Lunatic asylums Madras 1892-1911 - 1892-1911
Year: 1892
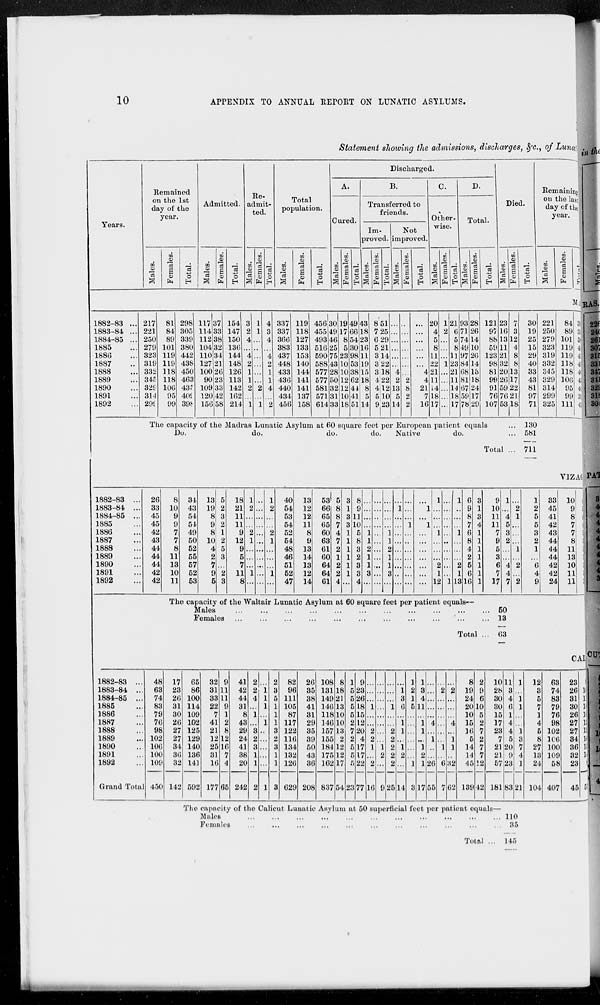
10
APPENDIX TO ANNUAL REPORT ON LUNATIC ASYLUMS.
Statement showing the admissions, discharges, &c., of Luna
Years.
1882-83 ...
1883-84 ...
1884-85 ...
1885 ...
1886 ...
1887 ...
1888 ...
1889 ...
1890 ...
1891 ...
1892 ...
Remained
on the 1st
day of the
year.
Males.
217
221
250
279
323
319
332
345
329
314
299
Females.
81
84
89
101
119
119
118
118
106
95
99
Total.
298
305
339
380
442
438
450
463
435
409
398
Admitted.
Males.
117
114
112
104
110
127
100
90
109
120
156
Females.
37
33
38
32
34
21
26
23
33
42
58
Total.
154
147
150
136
144
148
126
113
142
162
214
Re-
admit-
ted.
Males.
3
2
4
...
4
2
1
1
2
...
1
Females.
1
1
...
...
...
...
...
...
2
...
1
Total.
4
3
4
...
4
2
1
1
4
...
2
Total
population.
Males.
337
337
366
383
437
448
433
436
440
434
456
Females.
119
118
127
133
153
140
144
141
141
137
158
Total.
456
455
493
516
590
588
577
577
581
571
614
Discharged.
A.
Cured.
Males.
30
49
46
25
75
43
28
50
32
31
33
Females.
19
17
8
5
23
10
10
12
12
10
18
Total.
49
66
54
30
98
53
38
62
44
41
51
B.
Transferred to
friends.
Im-
proved.
Males.
43
18
23
16
11
19
15
18
8
5
14
Females.
8
7
6
5
3
3
3
4
4
5
9
Total.
51
25
29
21
14
22
18
22
12
10
23
Not
improved.
Males.
...
...
...
...
...
...
4
2
13
5
14
Females.
...
...
...
...
...
...
...
2
8
2
2
Total.
...
...
...
...
...
...
4
4
21
7
16
C.
Other-
wise.
Males.
20
4
5
8
11
22
21
11
14
18
17
Females.
1
2
...
...
...
1
...
...
...
...
...
Total.
21
6
5
8
11
23
21
11
14
18
17
D.
Total.
Males.
93
71
74
49
97
84
68
81
67
59
78
Females.
28
26
14
10
26
14
13
18
24
17
29
Total.
121
97
88
59
123
98
81
99
91
76
107
Died.
Males.
23
16
13
11
21
32
20
26
59
76
53
Females.
7
3
12
4
8
8
13
17
22
21
18
The capacity of the Madras Lunatic Asylum at 60 square feet per European patient equals
...
Do.
do.
do.
do.
Native
do.
...
Total ...
Total.
30
19
25
15
29
40
33
43
81
97
71
Remaining
on the last
day of the
year.
Males.
221
250
279
323
319
332
345
329
314
299
325
Females.
84
89
101
119
119
118
118
106
95
99
111
Total.
305
339
380
442
438
450
463
435
409
398
436
130
581
711
1882-83 ...
1883-84 ...
1884-85 ...
1885 ...
1886 ...
1887 ...
1888 ...
1889 ...
1890 ...
1891 ...
1892 ...
26
33
45
45
42
43
44
44
44
42
42
8
10
9
9
7
7
8
11
13
10
11
34
43
54
54
49
50
52
55
57
52
53
13
19
8
9
8
10
4
2
7
9
5
5
2
3
2
1
2
5
3
...
2
3
18
21
11
11
9
12
9
5
7
11
8
1
2
...
...
2
1
...
...
...
1
...
...
...
...
...
...
...
...
......
...
...
...
1
2
...
...
2
1
...
...
1
...
40
54
53
54
52
54
48
46
51
52
47
13
12
12
11
8
9
13
14
13
12
14
53
66
65
65
60
63
61
60
64
64
61
5
8
8
7
4
7
2
1
2
2
4
3
1
3
3
1
1
1
1
1
1
...
8
9
11
10
5
8
3
2
3
3
4
...
...
...
...
1
1
2
1
1
3
...
...
...
...
...
...
...
...
...
...
...
...
...
...
...
...
1
1
2
1
1
3
...
...
1
...
...
...
...
...
...
...
...
...
...
...
...
1
...
...
...
...
...
...
...
...
1
...
1
...
...
...
...
...
...
...
1
...
...
...
1
...
...
...
2
1
12
...
...
...
...
...
...
...
...
...
...
1
1
...
...
...
1
...
...
...
2
1
13
6
9
8
7
6
8
4
2
5
6
16
3
1
3
4
1
1
1
1
1
1
1
9
10
11
11
7
9
5
3
6
7
17
1
...
4
5
3
2
...
...
4
4
7
...
2
1
...
...
...
1
...
2
...
2
1
2
5
5
3
2
1
...
6
4
9
33
45
41
42
43
44
44
44
42
42
24
VIZAGA
10
9
8
7
7
8
11
13
10
11
11
The capacity of the Waltair Lunatic Asylum at 60 square feet per patient equals—
Males
...
...
...
...
...
...
...
...
...
...
...
Females
...
...
...
...
...
...
...
...
...
...
...
Total ...
50
13
63
1882-83 ...
1883-84 ...
1884-85 ...
1885 ...
1886 ...
1887 ...
1888 ...
1889 ...
1890 ...
1891 ...
1892 ...
Grand Total
48
63
74
83
79
76
98
102
106
100
109
450
17
23
26
31
30
26
27
27
34
36
32
142
65
86
100
114
109
102
125
129
140
136
141
592
32
31
33
22
7
41
21
12
25
31
16
177
9
11
11
9
1
2
8
12
16
7
4
65
41
42
44
31
8
43
29
24
41
38
20
242
2
2
4
...
1
...
3
2
3
1
1
2
...
1
1
1
...
1
...
...
...
...
...
1
2
3
5
1
1
1
3
2
3
1
1
3
82
96
111
105
87
117
122
116
134
132
126
629
26
35
38
41
31
29
35
39
50
43
36
208
108
131
149
146
118
146
157
155
184
175
162
837
8
18
21
13
10
10
13
2
12
12
17
54
1
5
5
5
5
2
7
2
5
5
5
23
9
23
26
18
15
12
20
4
17
17
22
77
...
...
...
1
...
...
2
2
1
...
2
16
...
...
...
...
...
...
...
...
1
2
...
9
...
...
...
1
...
...
2
2
2
2
2
25
...
1
3
6
...
1
1
...
1
2
...
14
1
2
1
5
...
...
...
...
...
...
1
3
1
3
4
11
...
1
1
...
1
2
1
17
...
...
...
...
...
4
...
1
...
...
26
55
...
2
...
...
...
...
...
...
1
...
6
7
...
2
...
...
...
4
...
1
1
...
32
62
8
19
24
20
10
15
16
5
14
14
45
139
2
9
6
10
5
2
7
2
7
7
12
42
10
28
30
30
15
17
23
7
21
21
57
181
11
3
4
6
1
4
4
5
20
9
23
83
1
...
1
1
...
...
1
3
7
4
1
21
12
3
5
7
1
4
5
8
27
13
24
104
63
74
83
79
76
98
102
106
100
109
58
407
CAL
23
26
31
30
26
27
27
34
36
32
23
45
114
109
102
125
129
140
136
141
81
452
The capacity of the Calicut Lunatic Asylum at 50 superficial feet per patient equals—
Males
...
...
...
...
...
...
...
...
...
...
...
Females
...
...
...
...
...
...
...
...
...
...
...
Total ...
110
35
145